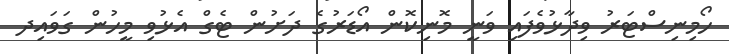
ހޯމިނިސްޓަރު ވިދާޅުވެފައި ވަނީ މޮނިކޮން އޯޑަރުގެ ދަށުން ޓެގް އެޅުވި މީހުން ގަވައިދ